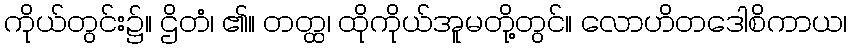
ကိုယ်တွင်း၌။ ဌိတံ၊ ၏။ တတ္ထ၊ ထိုကိုယ်အူမတို့တွင်။ လောဟိတဒေါစိကာယ၊